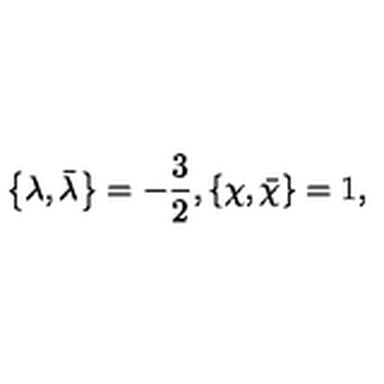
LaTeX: \left\{ \lambda , \bar { \lambda } \right\} = - \frac { 3 } { 2 } , \left\{ \chi , \bar { \chi } \right\} = 1 ,